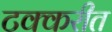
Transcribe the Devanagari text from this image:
टक्करीत